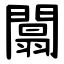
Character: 闒